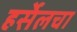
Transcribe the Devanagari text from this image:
हर्सेलचा